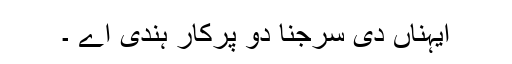
ایہناں دی سرجنا دو پرکار ہندی اے ۔